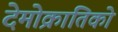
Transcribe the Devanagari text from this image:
देमोक्रातिको